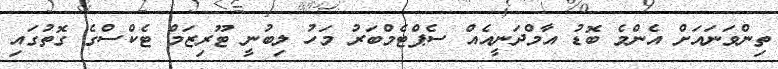
ތިންވަނައަށް އެންމެ ބޮޑު އާމްދަނީއެއް ސެޕްޓެމްބަރު މަހު ލިބުނީ ޓޫރިޒަމް ޓެކްސްގެ ގޮތުގައި